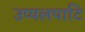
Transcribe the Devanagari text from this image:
उप्पलपाटि